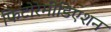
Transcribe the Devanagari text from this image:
फिटोरेमीडिएशन